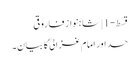
قسط-1 | شاہنواز فاروقی
حسد اور امام غزالیؒ کا بیان۔